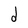
Character: d